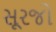
સૂરજો